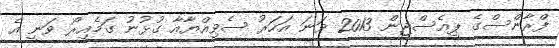
ފްރާންސްގެ ޕީއެސްޖީން 2013 ވަނަ އަހަރު ސެވިއްޔާއާ ގުޅުނު ގަމެއިރޯ ވަނީ އެ